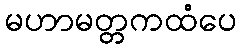
မဟာမတ္တကထံပေ